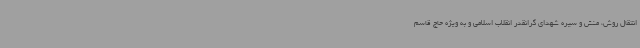
انتقال روش، منش و سیره شهدای گرانقدر انقلاب اسلامی و به ویژه حاج قاسم